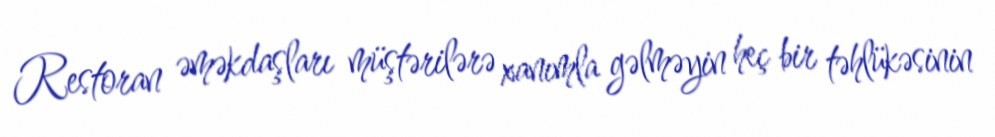
Restoran əməkdaşları müştərilərə xanımla gəlməyin heç bir təhlükəsinin